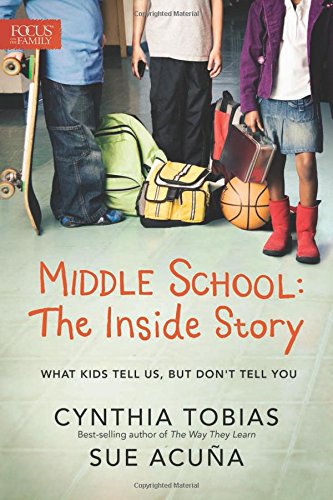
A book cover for Middle School: The Inside Story: What Kids Tell Us, But Don't Tell You; Cynthia Ulrich Tobias; Parenting & Relationships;